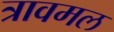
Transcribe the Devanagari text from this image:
त्रावमल